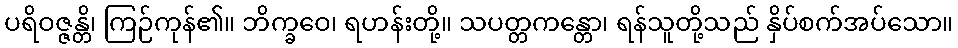
ပရိဝဇ္ဇန္တိ၊ ကြဉ်ကုန်၏။ ဘိက္ခဝေ၊ ရဟန်းတို့။ သပတ္တကန္တော၊ ရန်သူတို့သည် နှိပ်စက်အပ်သော။